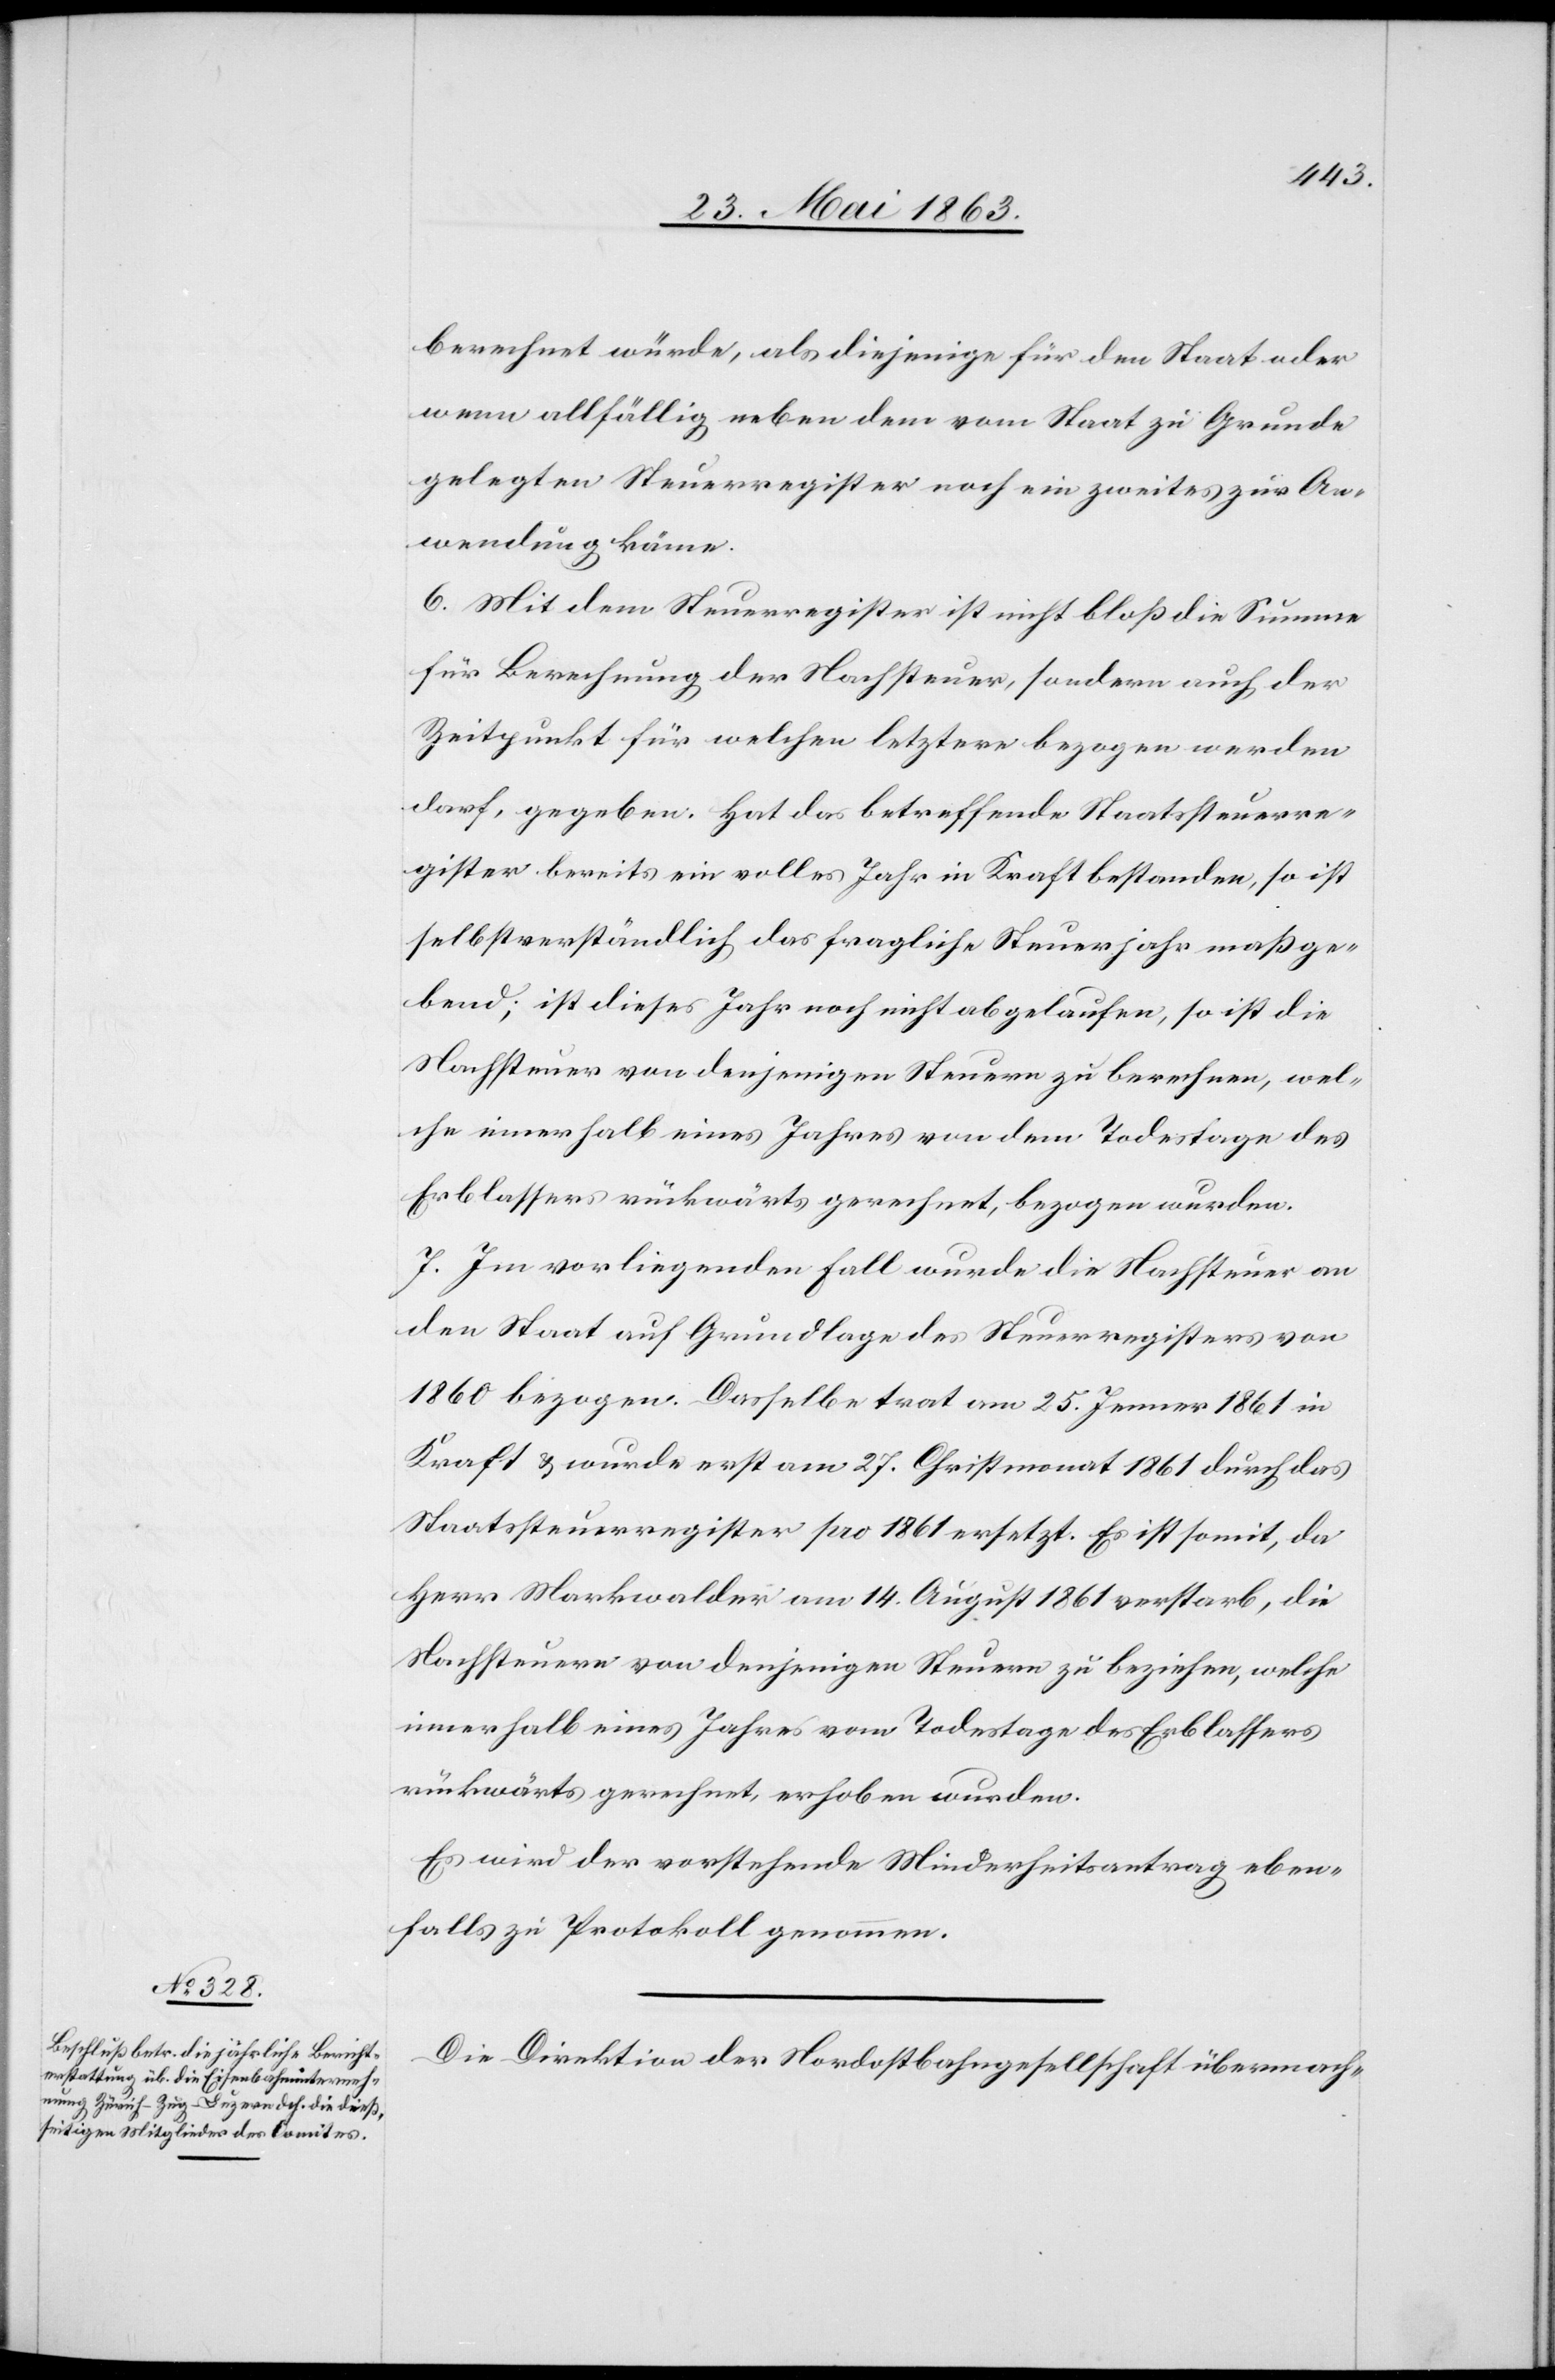
berechnet würde, als diejenige für den Staat oder
wenn allfällig neben dem vom Staat zu Grunde
gelegten Steuerregister noch ein zweites zur An¬
wendung käme.
6. Mit dem Steuerregister ist nicht bloß die Summe
für Berechnung der Nachsteuer, sondern auch der
Zeitpunkt für welchen letztere bezogen werden
darf, gegeben. Hat das betreffende Staatssteuerre¬
gister bereits ein volles Jahr in Kraft bestanden, so ist
selbstverständlich das fragliche Steuerjahr maßge¬
bend; ist dieses Jahr noch nicht abgelaufen, so ist die
Nachsteuer von denjenigen Steuern zu berechnen, wel¬
che innerhalb eines Jahres von dem Todestage des
Erblassers rückwärts gerechnet, bezogen wurden.
7. Im vorliegenden Fall wurde die Nachsteuer an
den Staat auf Grundlage des Steuerregisters von
1860 bezogen. Dasselbe trat am 25. Jenner 1861 in
Kraft & wurde erst am 27. Christmonat 1861 durch das
Staatssteuerregister pro 1861 ersetzt. Es ist somit, da
Herr Markwalder am 14. August 1861 verstarb, die
Nachsteuern von denjenigen Steuern zu beziehen, welche
innerhalb eines Jahres vom Todestage des Erblassers
rückwärts gerechnet, erhoben wurden.
Es wird der vorstehende Minderheitsantrag eben¬
falls zu Protokoll genommen.
Die Direktion der Nordostbahngesellschaft übermach-